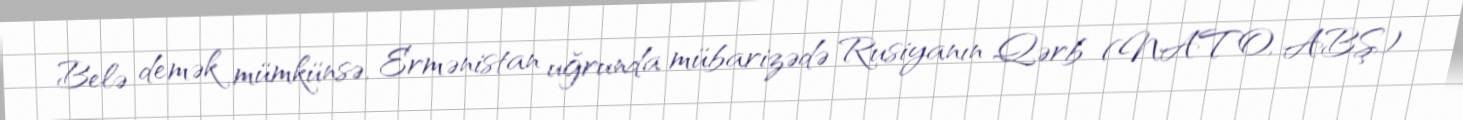
Belə demək mümkünsə, Ermənistan uğrunda mübarizədə Rusiyanın Qərb (NATO, ABŞ)